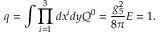
q = \int \prod _ { i = 1 } ^ { 3 } d x ^ { i } d y Q ^ { 0 } = \frac { g _ { 5 } ^ { 2 } } { 8 \pi } E = 1 .